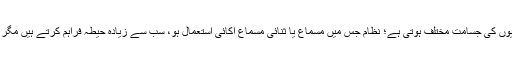
مختلف نظاموں میں محفوظ شدہ اکائیوں کی جسامت مختلف ہوتی ہے؛ نظام جس میں مسماع یا ثنائی مسماع اکائی استعمال ہو، سب سے زیادہ حیطہ فراہم کرتے ہیں مگر ممکنہ طور پر کم شفاف ہوتے ہیں۔